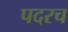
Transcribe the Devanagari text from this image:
पदरच